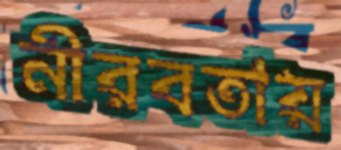
নীরবতায়